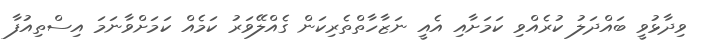
ވިދާޅުވީ ބައްދަލު ކުރެއްވި ކަމަށާއި އެއީ ނަޒާހާތްތެރިކަން ގެއްލޭވަރު ކަމެއް ކަމަށްވާނަމަ އިސްތިއުފާ